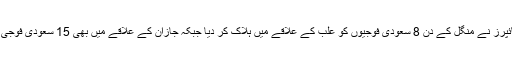
یمن کے اسنائپرز نے منگل کے دن 8 سعودی فوجیوں کو علب کے علاقے میں ہلاک کر دیا جبکہ جازان کے علاقے میں بھی 15 سعودی فوجی ہلاک ہوئے۔